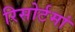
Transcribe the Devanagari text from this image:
रिसोर्टमां